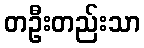
တဦးတည်းသာ